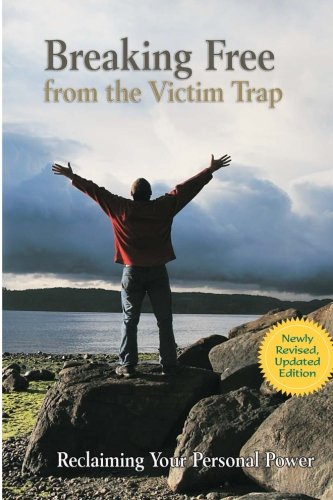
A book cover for Breaking Free from the Victim Trap: Reclaiming Your Personal Power; Diane Zimberoff; Self-Help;